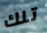
تلك